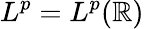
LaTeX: L^{p}=L^{p}(\mathbb R)